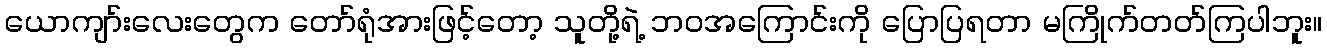
ယောကျာ်းလေးတွေက တော်ရုံအားဖြင့်တော့ သူတို့ရဲ့ ဘဝအကြောင်းကို ပြောပြရတာ မကြိုက်တတ်ကြပါဘူး။